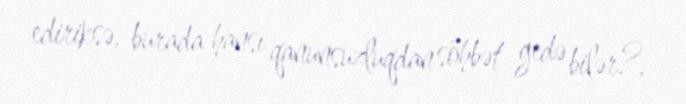
ediriksə, burada hansı qanunsuzluqdan söhbət gedə bilər?.